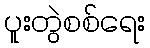
ပူးတွဲစစ်ရေး